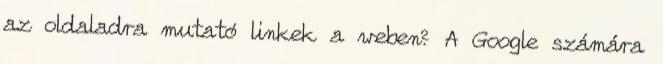
az oldaladra mutató linkek a weben? A Google számára